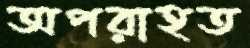
অপরাহত